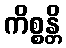
ကိစ္စန္တိ